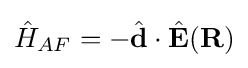
{\hat {H}}_{AF}=-{\hat {\mathbf {d} }}\cdot {\hat {\mathbf {E} }}(\mathbf {R} )